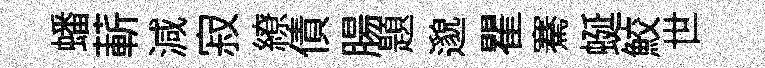
蟠蔪減寂繚債腸題邈瞿騫蜒鮫世